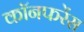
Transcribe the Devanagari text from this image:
कॉनफरेंस